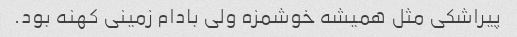
پیراشکی مثل همیشه خوشمزه ولی بادام زمینی کهنه بود.